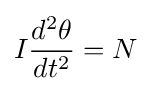
I{\frac {d^{2}\theta }{dt^{2}}}=N